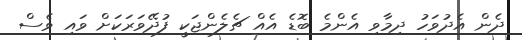
ދެން އެދުވަހު ދިމާވި އެންމެ ބޮޑެ އެއް ޗެލެންޖަކީ ފުދޭވަރަކަށް ވައި ވެސް